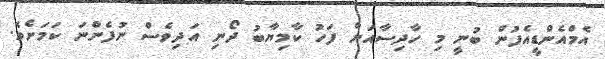
އެމްއެންޑީއެފުން ބުނީ މި ހާދިސާއަށް ފަހު ކާމިޔާބު ދޯނި އަދިވެސް ނުފެންނަ ކަމަށެވެ.